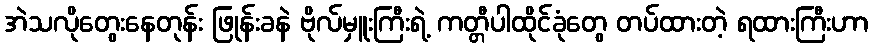
အဲသလိုတွေးနေတုန်း ဖြုန်းခနဲ ဗိုလ်မှူးကြီးရဲ့ ကတ္တီပါထိုင်ခုံတွေ တပ်ထားတဲ့ ရထားကြီးဟာ